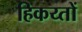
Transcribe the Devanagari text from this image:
हिकय्तों